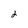
Character: 2